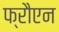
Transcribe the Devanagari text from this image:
फ्रौएन